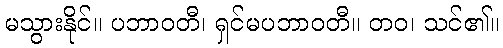
မသွားနိုင်။ ပဘာဝတီ၊ ရှင်မပဘာဝတီ။ တဝ၊ သင်၏။